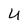
Character: U